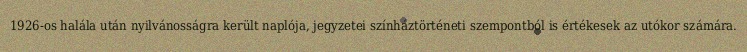
1926-os halála után nyilvánosságra került naplója, jegyzetei színháztörténeti szempontból is értékesek az utókor számára.